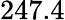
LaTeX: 247.4